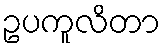
ဥပကူလိတာ